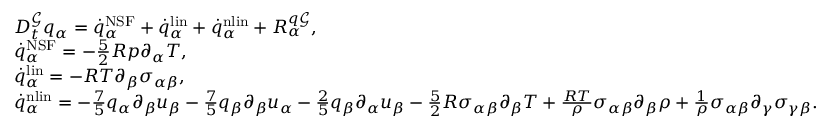
\begin{array} { r l } & { D _ { t } ^ { \mathcal { G } } q _ { \alpha } = \dot { q } _ { \alpha } ^ { \mathrm { N S F } } + \dot { q } _ { \alpha } ^ { \mathrm { l i n } } + \dot { q } _ { \alpha } ^ { \mathrm { n l i n } } + R _ { \alpha } ^ { q \mathcal { G } } , } \\ & { \dot { q } _ { \alpha } ^ { \mathrm { N S F } } = - \frac { 5 } { 2 } R p \partial _ { \alpha } T , } \\ & { \dot { q } _ { \alpha } ^ { \mathrm { l i n } } = - R T \partial _ { \beta } \sigma _ { \alpha \beta } , } \\ & { \dot { q } _ { \alpha } ^ { \mathrm { n l i n } } = - \frac { 7 } { 5 } q _ { \alpha } \partial _ { \beta } u _ { \beta } - \frac { 7 } { 5 } q _ { \beta } \partial _ { \beta } u _ { \alpha } - \frac { 2 } { 5 } q _ { \beta } \partial _ { \alpha } u _ { \beta } - \frac { 5 } { 2 } R \sigma _ { \alpha \beta } \partial _ { \beta } T + \frac { R T } { \rho } \sigma _ { \alpha \beta } \partial _ { \beta } \rho + \frac { 1 } { \rho } \sigma _ { \alpha \beta } \partial _ { \gamma } \sigma _ { \gamma \beta } . } \end{array}